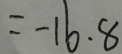
= - 1 6 . 8